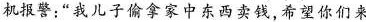
机报警：”我儿子偷拿家中东西卖钱，希望你们来